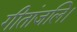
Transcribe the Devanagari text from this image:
गीतांजलि।